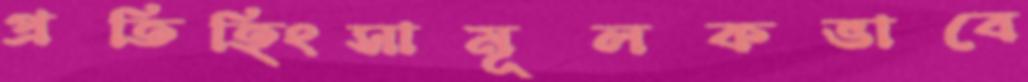
প্রতিহিংসামূলকভাবে